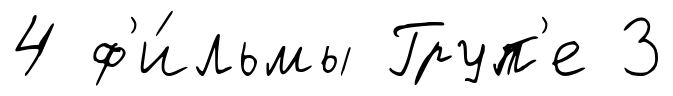
4 ф'и́льмы Груп'е 3